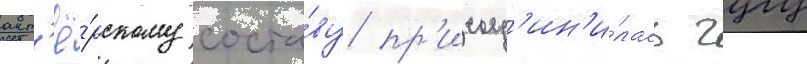
акт'ё́рскому соста́ву пр'исоед'ин'и́лась гугу